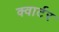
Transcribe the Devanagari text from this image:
क्‍वार्टर